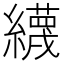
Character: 䌩